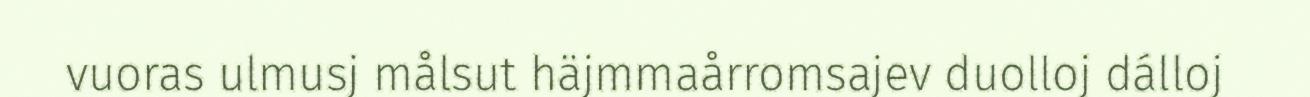
vuoras ulmusj målsut häjmmaårromsajev duolloj dálloj